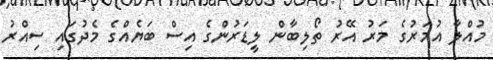
މުއްލާ އުމަރުގެ މަރު އޭރު ތޯލިބާން ލީޑަރުންގެ އިސް ބަޔެއްގެ މެދުގައި ސިއްރު